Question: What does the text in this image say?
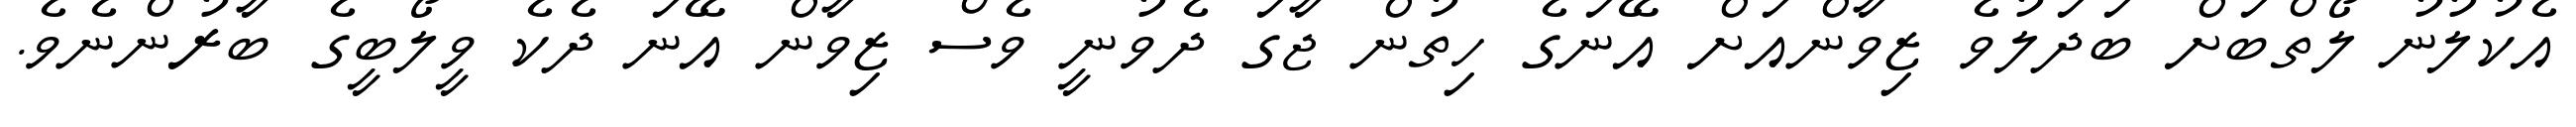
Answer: އެކުލުނު ލޯތްބަށް ބަދަލުވެ ޒިވާންއަށް އޭނަގެ ހިތުން ޖާގަ ދެވުނީ ވެސް ޒިވާން އޭނަ ދެކެ ވީލޯބީގެ ބާރުންނެވެ.